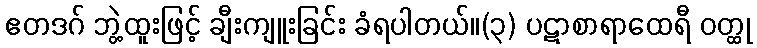
ဧတဒဂ် ဘွဲ့ထူးဖြင့် ချီးကျူးခြင်း ခံရပါတယ်။(၃) ပဋာစာရာထေရီ ဝတ္ထု